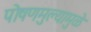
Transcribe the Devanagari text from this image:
पोषणमुल्यामुळे